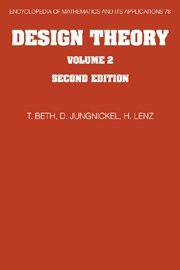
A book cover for Design Theory: Volume 2 (Encyclopedia of Mathematics and its Applications); Thomas Beth; Reference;